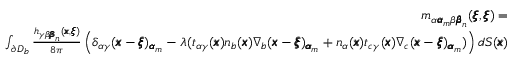
\begin{array} { r l r } & { } & { m _ { \alpha { \pmb \alpha } _ { m } \beta { \pmb \beta } _ { n } } ( { \pmb \xi } , { \pmb \xi } ) = } \\ & { } & { \int _ { \partial D _ { b } } \frac { h _ { \gamma \beta { \pmb \beta } _ { n } } ( { \pmb x } , { \pmb \xi } ) } { 8 \pi } \left( \delta _ { \alpha \gamma } ( { \pmb x } - { \pmb \xi } ) _ { { \pmb \alpha } _ { m } } - \lambda ( t _ { \alpha \gamma } ( { \pmb x } ) n _ { b } ( { \pmb x } ) \nabla _ { b } ( { \pmb x } - { \pmb \xi } ) _ { { \pmb \alpha } _ { m } } + n _ { \alpha } ( { \pmb x } ) t _ { c \gamma } ( { \pmb x } ) \nabla _ { c } ( { \pmb x } - { \pmb \xi } ) _ { { \pmb \alpha } _ { m } } ) \right) d S ( { \pmb x } ) } \end{array}